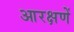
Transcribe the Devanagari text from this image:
आरक्षणें